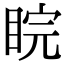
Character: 睆